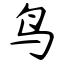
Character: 鸟